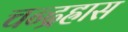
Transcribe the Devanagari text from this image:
चन्द्रह्रास